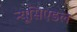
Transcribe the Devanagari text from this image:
न्यूसिएडल